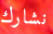
نشارك